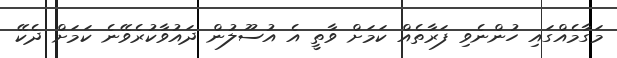
މަގާމެއްގައި ހުންނެވި ފަރާތެއް ކަމަށް ވާތީ އެ އުސޫލުން ދައުވާކުރެވޭނެ ކަމަށް ދެކޭ